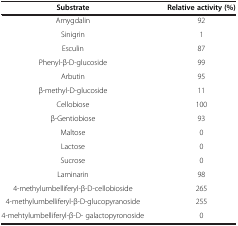
| Substrate | Relative activity (%) |
 | --- | --- |
 | Amygdalin | 92 |
 | Sinigrin | 1 |
 | Esculin | 87 |
 | Phenyl-β-D-glucoside | 99 |
 | Arbutin | 95 |
 | β-methyl-D-glucoside | 11 |
 | Cellobiose | 100 |
 | β-Gentiobiose | 93 |
 | Maltose | 0 |
 | Lactose | 0 |
 | Sucrose | 0 |
 | Laminarin | 98 |
 | 4-methylumbelliferyl-β-D-cellobioside | 265 |
 | 4-methylumbelliferyl-β-D-glucopyranoside | 255 |
 | 4-mehtylumbelliferyl-β-D- galactopyronoside | 0 |